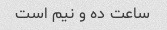
ساعت ده و نیم است